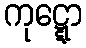
ကုဋ္ဋော